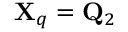
{ \bf X } _ { q } = { \bf Q } _ { 2 }